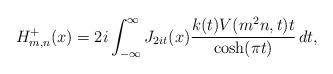
LaTeX: \begin{align*}H_{m, n}^+(x) = 2 i \int_{-\infty}^\infty J_{2 i t}(x) \frac{k(t) V(m^2 n, t) t}{\cosh(\pi t)} \, d t,\end{align*}